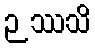
ဉဿသိ